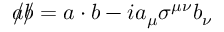
{ a \! \! \! / } { b \! \! \! / } = a \cdot b - i a _ { \mu } \sigma ^ { \mu \nu } b _ { \nu }